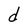
Character: d